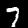
Digit: 7